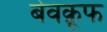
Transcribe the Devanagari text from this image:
बेवक़ूफ